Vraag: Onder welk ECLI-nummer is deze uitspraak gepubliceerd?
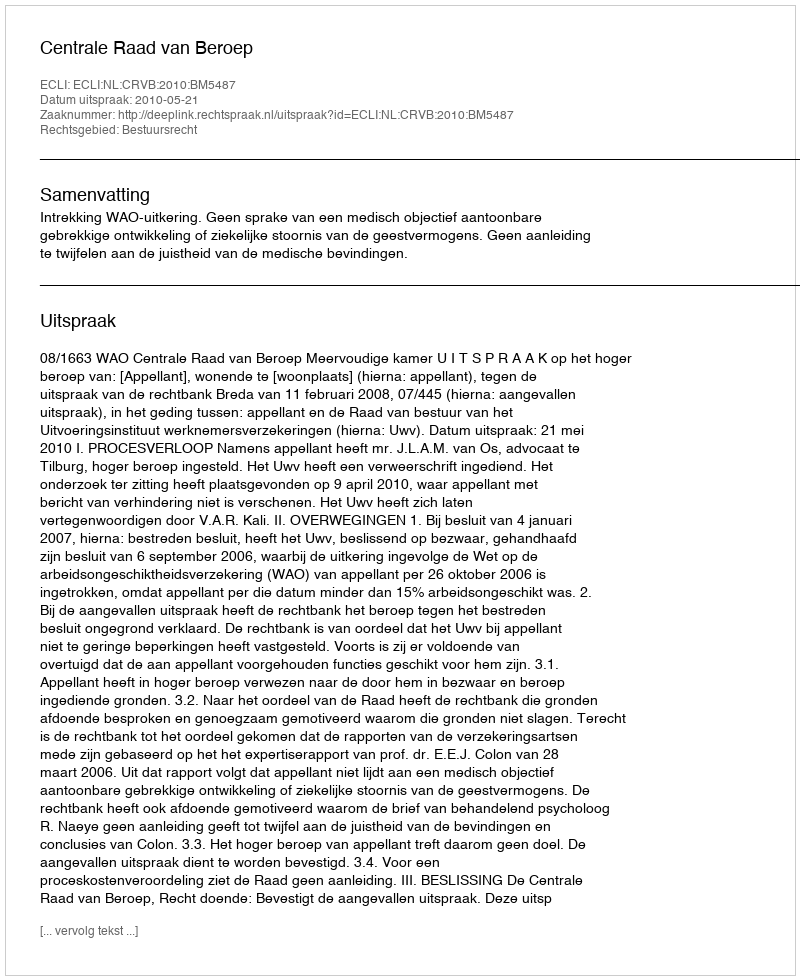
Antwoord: ECLI:NL:CRVB:2010:BM5487